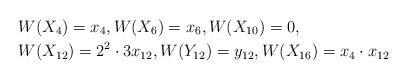
LaTeX: \begin{align*} &W(X_{4}) = x_{4}, W(X_{6}) = x_{6}, W(X_{10}) = 0, \\ & W(X_{12}) = 2^{2}\cdot 3 x_{12},W(Y_{12}) = y_{12}, W(X_{16})=x_4\cdot x_{12}\end{align*}